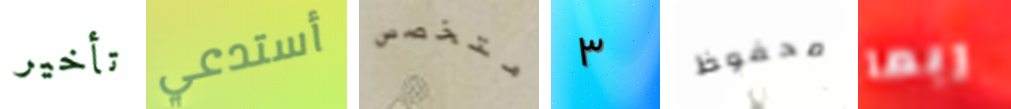
تأخير أستدعي متخصص ٣ محفوظ ربما